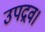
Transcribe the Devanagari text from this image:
उपद्रव।